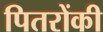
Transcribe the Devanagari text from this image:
पितरोंकी